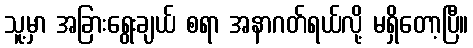
သူ့မှာ အခြားရွေးချယ် စရာ အနာဂတ်ရယ်လို့ မရှိတော့ပြီ။